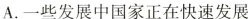
A.一些发展中国家正在快速发展